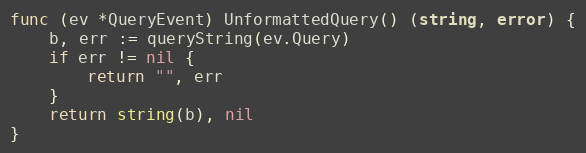
Language: Go
func (ev *QueryEvent) UnformattedQuery() (string, error) {
	b, err := queryString(ev.Query)
	if err != nil {
		return "", err
	}
	return string(b), nil
}